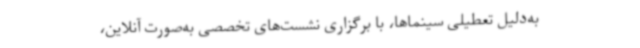
به‌دلیل تعطیلی سینماها، با برگزاری نشست‌های تخصصی به‌صورت آنلاین،